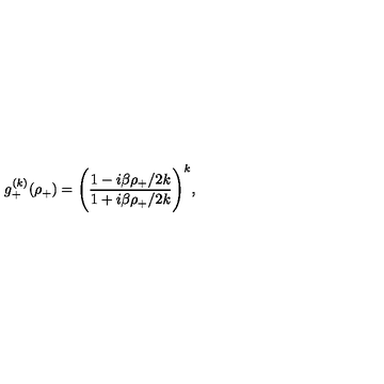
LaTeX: g _ { + } ^ { ( k ) } ( \rho _ { + } ) = \Biggl ( \frac { 1 - { i \beta \rho _ { + } } / { 2 k } } { 1 + { i \beta \rho _ { + } } / { 2 k } } \Biggr ) ^ { k } ,